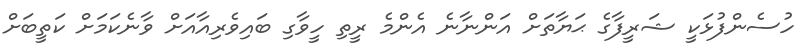
ހުސެންފުޅަކީ ޝަރީފާގެ ޙަޔާތަށް އަންނާނެ އެންމެ ރީތި ހީވާގި ބައިވެރިއާއަށް ވާނެކަމަށް ކަތީބަށް